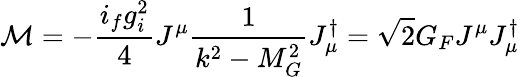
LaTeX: {\cal M}=-\frac{i_{f}g_{i}^{2}}{4}J^{\mu}\frac{1}{k^{2}-M_{G}^{2}}J_{\mu}^{\dagger}=\sqrt{2}G_{F}J^{\mu}J_{\mu}^{\dagger}